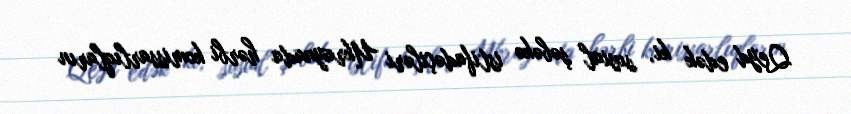
Qeyd edək ki, sosial şəbəkə istifadəçiləri Ukraynada hərbi komissarlıqların